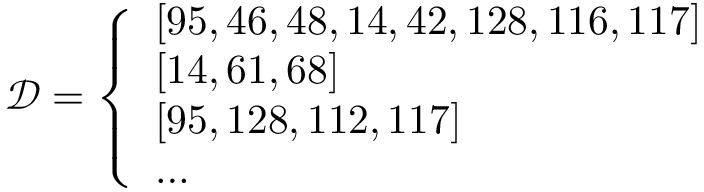
\begin{array} { r } { \mathcal { D } = \left\{ \begin{array} { l } { \left[ 9 5 , 4 6 , 4 8 , 1 4 , 4 2 , 1 2 8 , 1 1 6 , 1 1 7 \right] } \\ { \left[ 1 4 , 6 1 , 6 8 \right] } \\ { \left[ 9 5 , 1 2 8 , 1 1 2 , 1 1 7 \right] } \\ { \ldots } \end{array} \right. } \end{array}